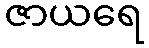
ဇာယရေ